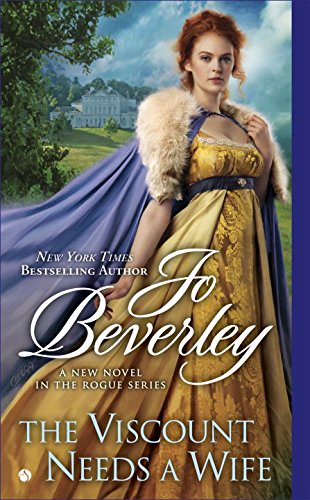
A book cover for The Viscount Needs a Wife: A New Regency Novel (Rogue Series); Jo Beverley; Romance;